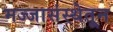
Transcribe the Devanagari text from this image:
मज्जासंस्थेतून